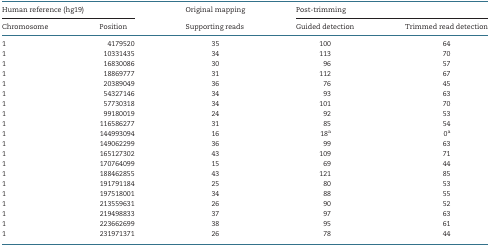
| <COLSPAN=2> Human reference (hg19) | Original mapping | <COLSPAN=2> Post-trimming |
 | Chromosome | Position | Supporting reads | Guided detection | Trimmed read detection |
 | --- | --- | --- | --- | --- |
 | 1 | 4179520 | 35 | 100 | 64 |
 | 1 | 10331435 | 34 | 113 | 70 |
 | 1 | 16830086 | 30 | 96 | 57 |
 | 1 | 18869777 | 31 | 112 | 67 |
 | 1 | 20389049 | 36 | 76 | 45 |
 | 1 | 54327146 | 34 | 93 | 63 |
 | 1 | 57730318 | 34 | 101 | 70 |
 | 1 | 99180019 | 24 | 92 | 53 |
 | 1 | 116586277 | 31 | 85 | 54 |
 | 1 | 144993094 | 16 | 18a | 0a |
 | 1 | 149062299 | 36 | 99 | 63 |
 | 1 | 165127302 | 43 | 109 | 71 |
 | 1 | 170764099 | 15 | 69 | 44 |
 | 1 | 188462855 | 43 | 121 | 85 |
 | 1 | 191791184 | 25 | 80 | 53 |
 | 1 | 197518001 | 34 | 88 | 55 |
 | 1 | 213559631 | 26 | 90 | 52 |
 | 1 | 219498833 | 37 | 97 | 63 |
 | 1 | 223662699 | 38 | 95 | 61 |
 | 1 | 231971371 | 26 | 78 | 44 |